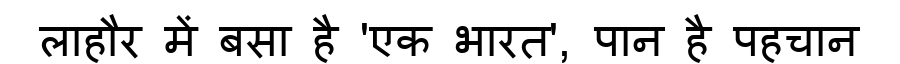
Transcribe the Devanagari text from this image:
लाहौर में बसा है 'एक भारत', पान है पहचान